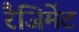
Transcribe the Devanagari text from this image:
रैजिमेंट